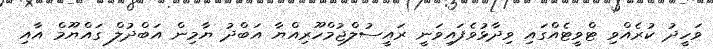
ވަހީދު ކުރެއްވި ޓްވީޓެއްގައި ވިދާޅުވެފައިވަނީ ރައީސުލްޖުމްހޫރިއްޔާ އަބްދު ޔާމިން އަބްދުލް ގައްޔޫމް އާއި